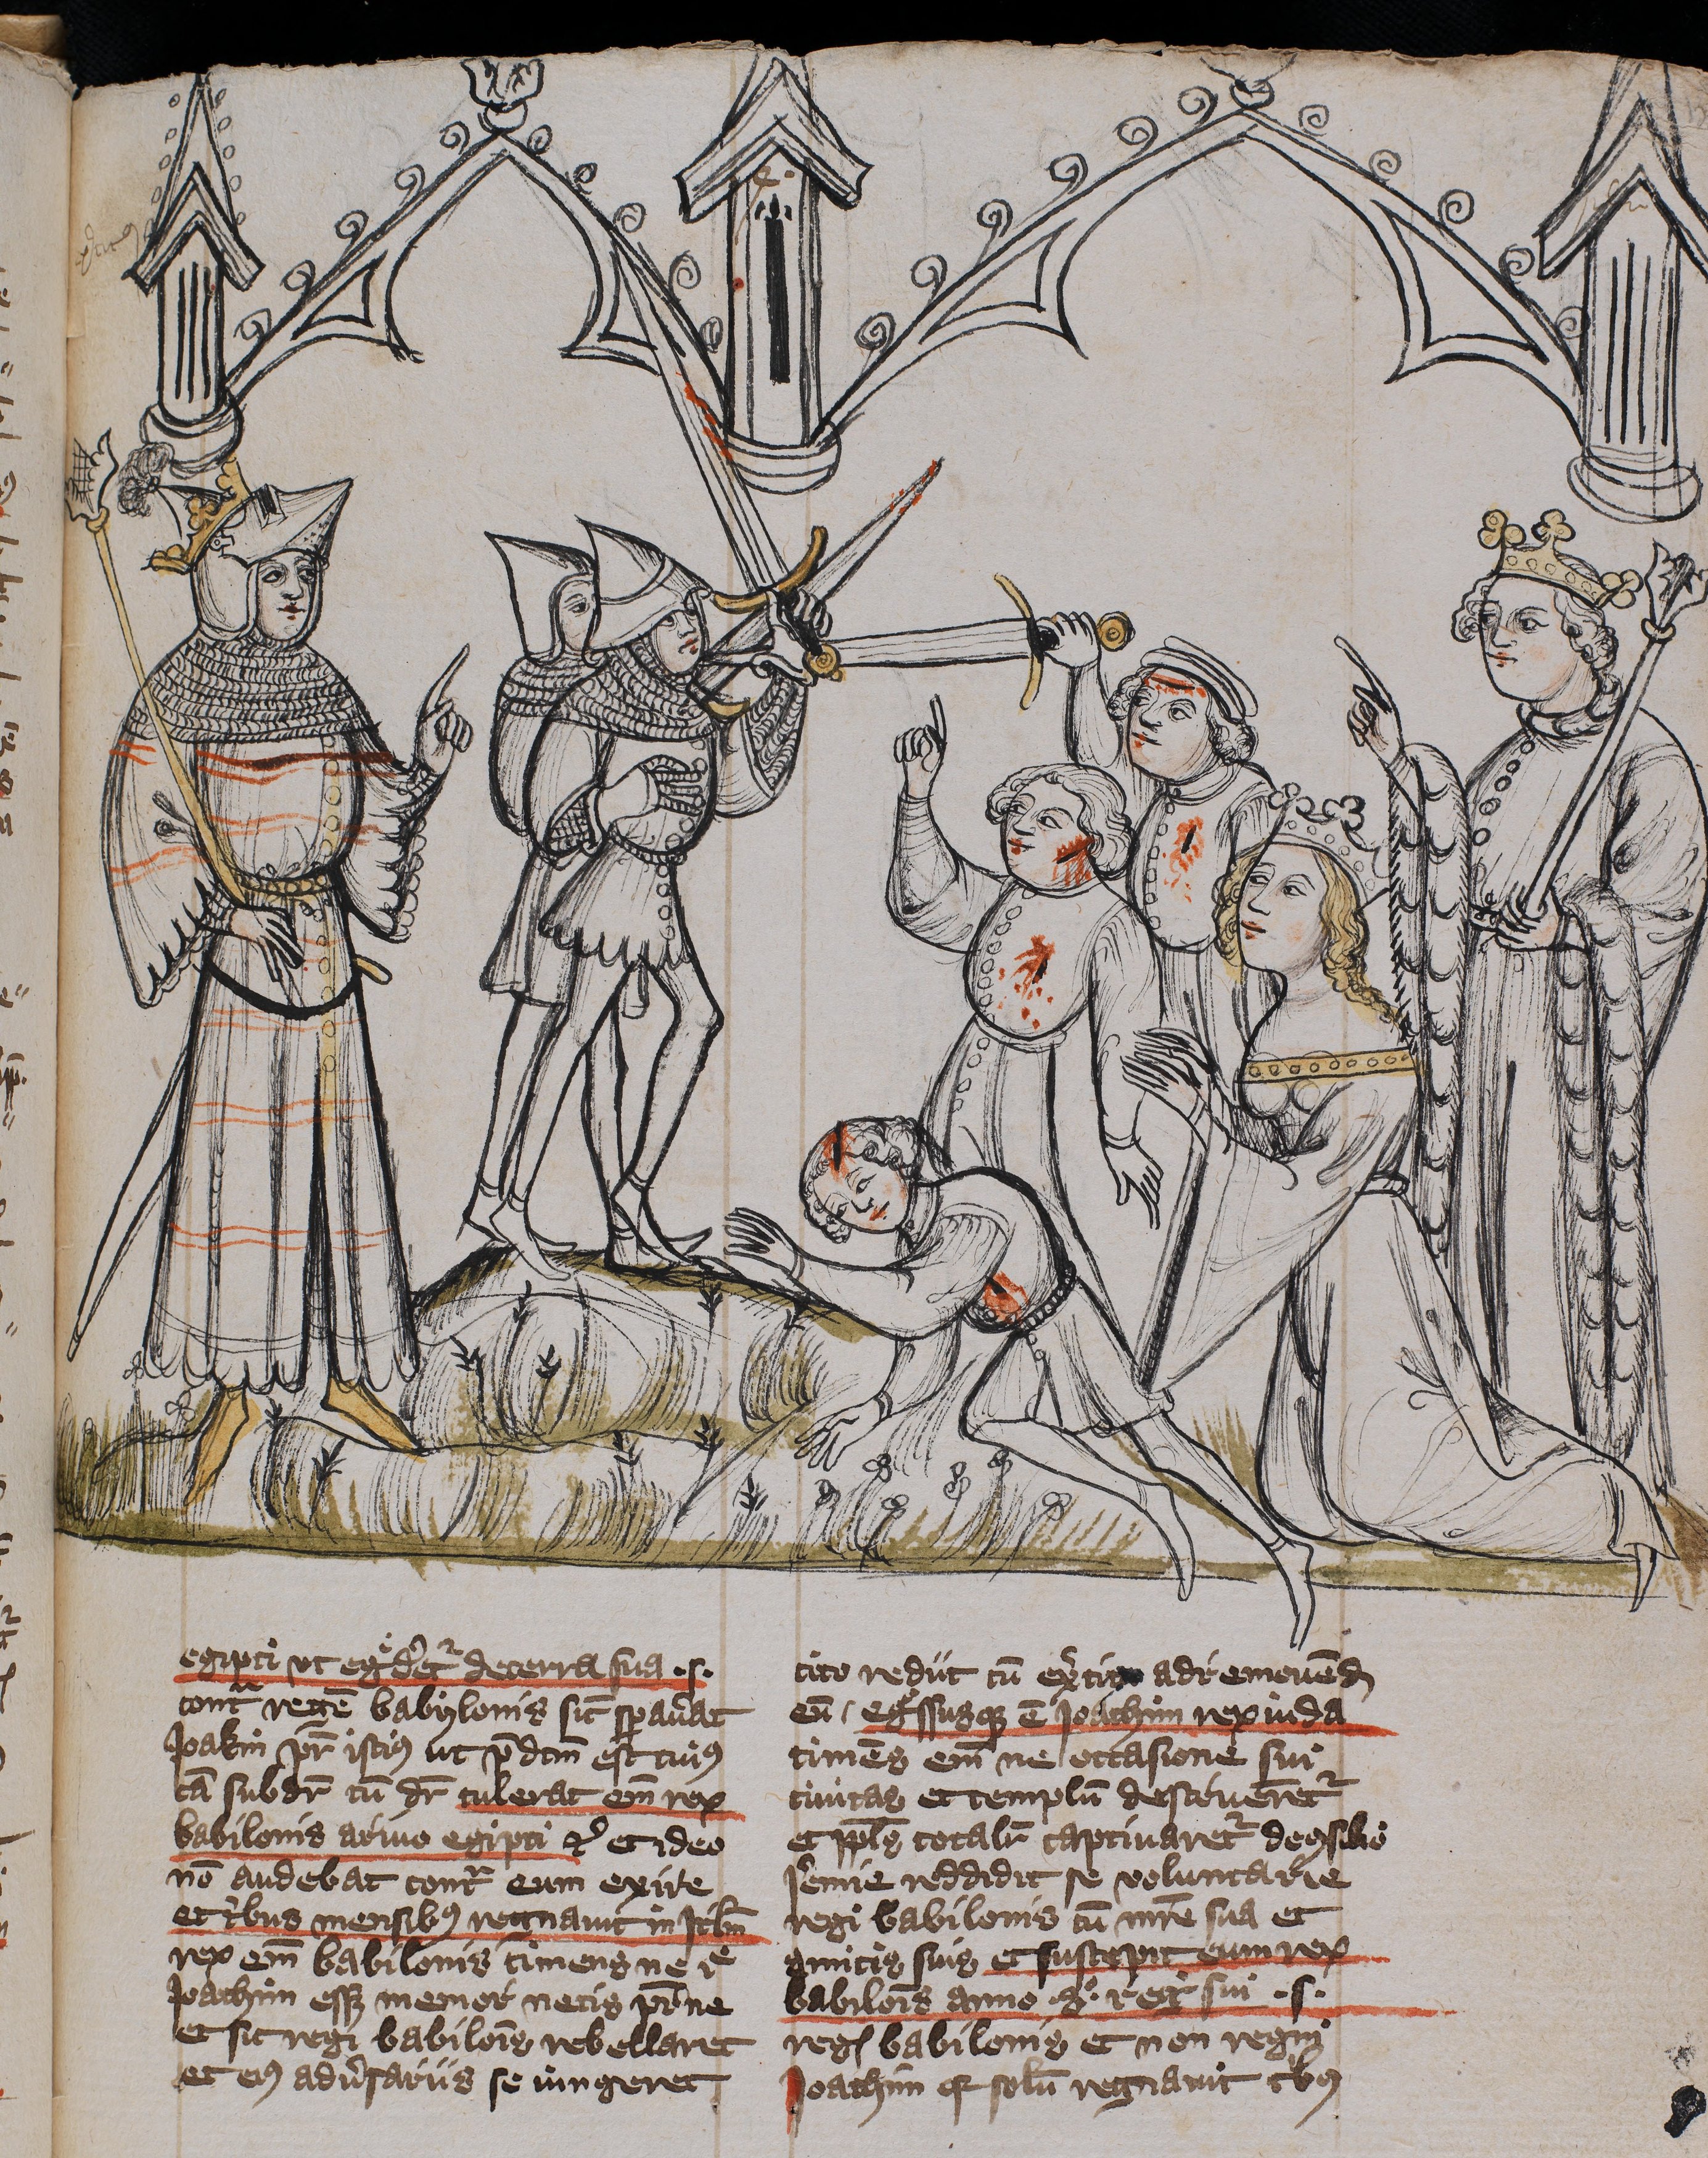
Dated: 1400–1401